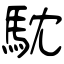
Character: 馾